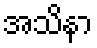
အသိနာ